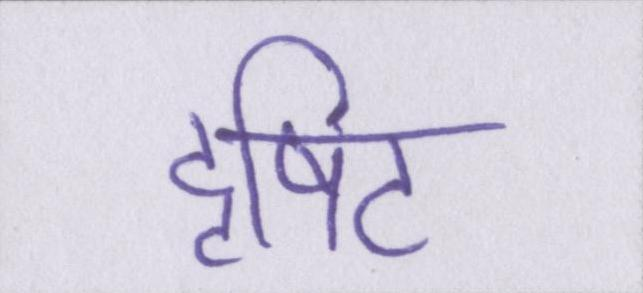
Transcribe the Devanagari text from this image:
दृषिट